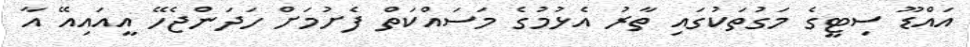
އައްޑޫ ސިޓީގެ މަގުތަކުގައި ތާރު އެޅުމުގެ މަސައްކަތް ފެށުމަށް ހަދަންޖެހޭ އީއައިއޭ އާ